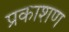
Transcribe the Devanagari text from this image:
प्रकाशण